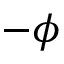
- \phi